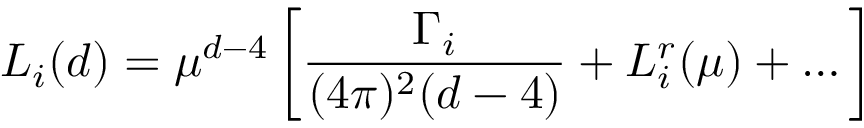
L _ { i } ( d ) = \mu ^ { d - 4 } \left[ \displaystyle \frac { \Gamma _ { i } } { ( 4 \pi ) ^ { 2 } ( d - 4 ) } + L _ { i } ^ { r } ( \mu ) + \dots \right]